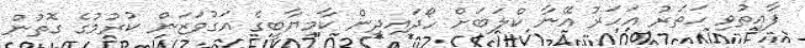
ފާއިތުވި ހަތަރު އަހަރު އޭނާ ކްލަބަށް ހޯދައިދިން ކާމިޔާބީގެ އަގުވަޒަން ކުރުމުގެ ގޮތުން